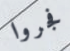
فجروا